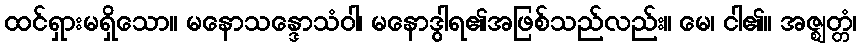
ထင်ရှားမရှိသော။ မနောသန္ဒောသံဝါ၊ မနောဒွါရ၏အဖြစ်သည်လည်း။ မေ၊ ငါ၏။ အဇ္ဈတ္တံ၊